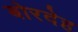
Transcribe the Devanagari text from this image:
बोरदेह